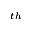
^ { t h }